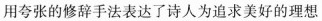
用夸张的修辞手法表达了诗人为追求美好的理想